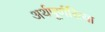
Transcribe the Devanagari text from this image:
अर्थपूर्णरित्या